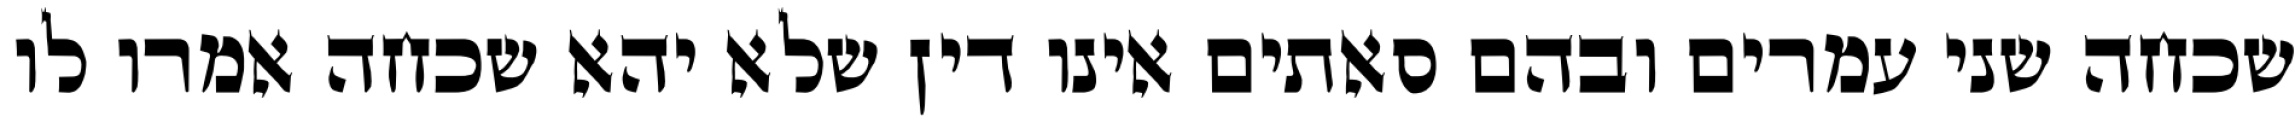
שכחה שני עמרים ובהם סאתים אינו דין שלא יהא שכחה אמרו לו